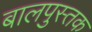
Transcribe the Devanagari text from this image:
बालपुस्तक